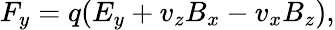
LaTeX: F_{y}=q(E_{y}+v_{z}B_{x}-v_{x}B_{z}),